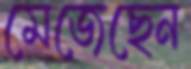
মেজেছেন